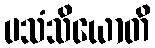
ပသံသိယောတိ